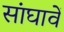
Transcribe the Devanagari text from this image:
सांघावें